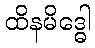
ထိနမိဒ္ဓေါ